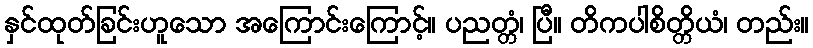
နှင်ထုတ်ခြင်းဟူသော အကြောင်းကြောင့်။ ပညတ္တံ၊ ပြီ။ တိကပါစိတ္တိယံ၊ တည်း။